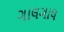
ગાલગાલ